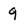
Character: 9